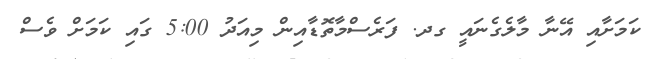
ކަމަށާއި އޭނާ މާލެގެނައީ ގދ. ފަރެސްމާތޮޑާއިން މިއަދު 5:00 ގައި ކަމަށް ވެސް